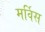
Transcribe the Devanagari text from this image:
मर्विस